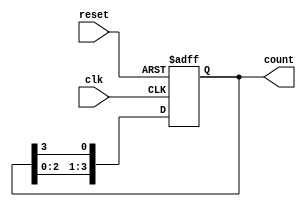
module ring_counter #(parameter N = 4) (
    input wire clk,         // Clock input
    input wire reset,       // Asynchronous reset
    output reg [N-1:0] count // Output state of the counter
);

// Initial state
initial begin
    count = 1'b1; // Set initial state (only first flip-flop is '1')
end

always @(posedge clk or posedge reset) begin
    if (reset) begin
        count <= 1'b1; // Reset to initial state
    end else begin
        // Shift the '1' to the left with wraparound
        count <= {count[N-2:0], count[N-1]}; // rotate the bits
    end
end

endmodule